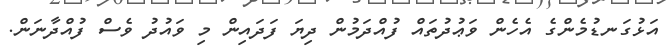
އަޅުގަނޑުމެންގެ އެހެން ވަޢުދުތައް ފުއްދަމުން ދިޔަ ފަދައިން މި ވައުދު ވެސް ފުއްދާނަން.